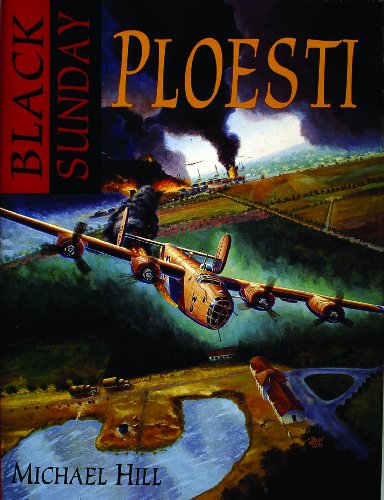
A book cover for Black Sunday: Ploesti!; Michael Hill; History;